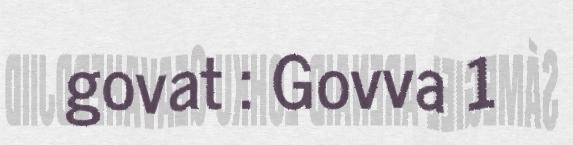
govat : Govva 1